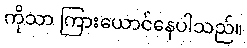
ကိုသာ ကြားယောင်နေပါသည်။